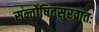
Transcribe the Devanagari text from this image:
सन्तोषितसुरव्रातः